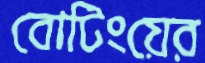
বোটিংয়ের